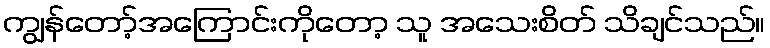
ကျွန်တော့်အကြောင်းကိုတော့ သူ အသေးစိတ် သိချင်သည်။